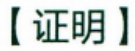
【证明】